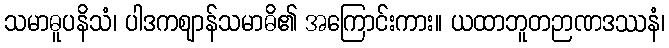
သမာဓူပနိသံ၊ ပါဒကဈာန်သမာဓိ၏ အကြောင်းကား။ ယထာဘူတဉာဏဒဿနံ၊